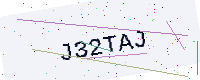
Text: J32TAJ